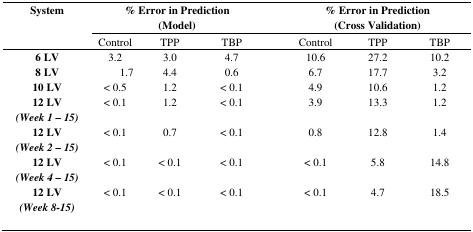
| <ROWSPAN=2> System | <COLSPAN=3> % Error in Prediction (Model) |  | <COLSPAN=3> % Error in Prediction (Cross Validation) |
 | Control | TPP | TBP |  | Control | TPP | TBP |
 | --- | --- | --- | --- | --- | --- | --- | --- |
 | 6 LV | 3.2 | 3.0 | 4.7 |  | 10.6 | 27.2 | 10.2 |
 | 8 LV | 1.7 | 4.4 | 0.6 |  | 6.7 | 17.7 | 3.2 |
 | 10 LV | < 0.5 | 1.2 | < 0.1 |  | 4.9 | 10.6 | 1.2 |
 | 12 LV(Week 1 – 15) | < 0.1 | 1.2 | < 0.1 |  | 3.9 | 13.3 | 1.2 |
 | 12 LV(Week 2 – 15) | < 0.1 | 0.7 | < 0.1 |  | 0.8 | 12.8 | 1.4 |
 | 12 LV(Week 4 – 15) | < 0.1 | < 0.1 | < 0.1 |  | < 0.1 | 5.8 | 14.8 |
 | 12 LV(Week 8-15) | < 0.1 | < 0.1 | < 0.1 |  | < 0.1 | 4.7 | 18.5 |